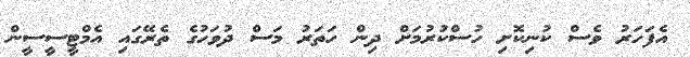
އެފަހަރު ވެސް ކުނިކޮށި ހުސްކުރުމަށް ދިން ހަތަރު މަސް ދުވަހުގެ ތެރޭގައި އެމްޓީސީސީން